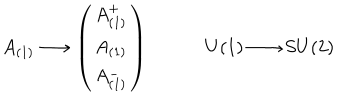
A _ { ( 1 ) } \longrightarrow \left( \begin{matrix} { { A _ { ( 1 ) } ^ { + } } } \\ { { A _ { ( 1 ) } } } \\ { { A _ { ( 1 ) } ^ { - } } } \\ \end{matrix} \right) \qquad \quad U ( 1 ) \longrightarrow S U ( 2 )